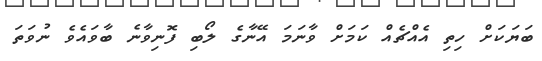
ބަޔަކަށް ހިތި އެއްޗެއް ކަމަށް ވާނަމަ އޭނާގެ ލޯބި ފޮނިވާނެ ބާވައެވެ ނުވަތަ